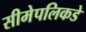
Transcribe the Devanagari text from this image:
सीमेपलिकडे